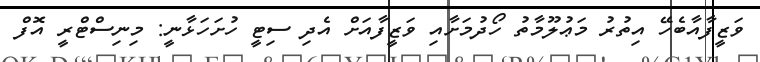
ވަޒީފާއާބެހޭ އިތުރު މަޢުލޫމާތު ހޯދުމަށާއި ވަޒީފާއަށް އެދި ސިޓީ ހުށަހަޅާނީ: މިނިސްޓްރީ އޮފް